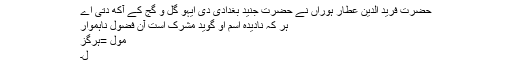
حضرت فرید الدین عطار ہوراں نے حضرت جنید بغدادی دی ایہو گل و گج کے آکھ دتی اے
ہر کہ نادیدہ اسم او گوید مشرک است آن فضول ناہموار
مول =ہرگز
ل۔